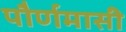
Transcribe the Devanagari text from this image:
पौर्णमासी